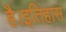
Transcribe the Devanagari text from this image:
है।इतिहास